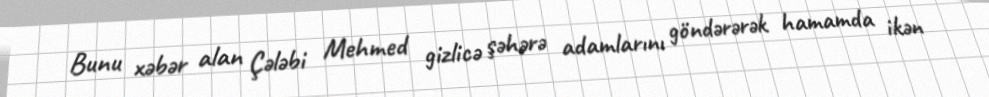
Bunu xəbər alan Çələbi Mehmed gizlicə şəhərə adamlarını göndərərək hamamda ikən